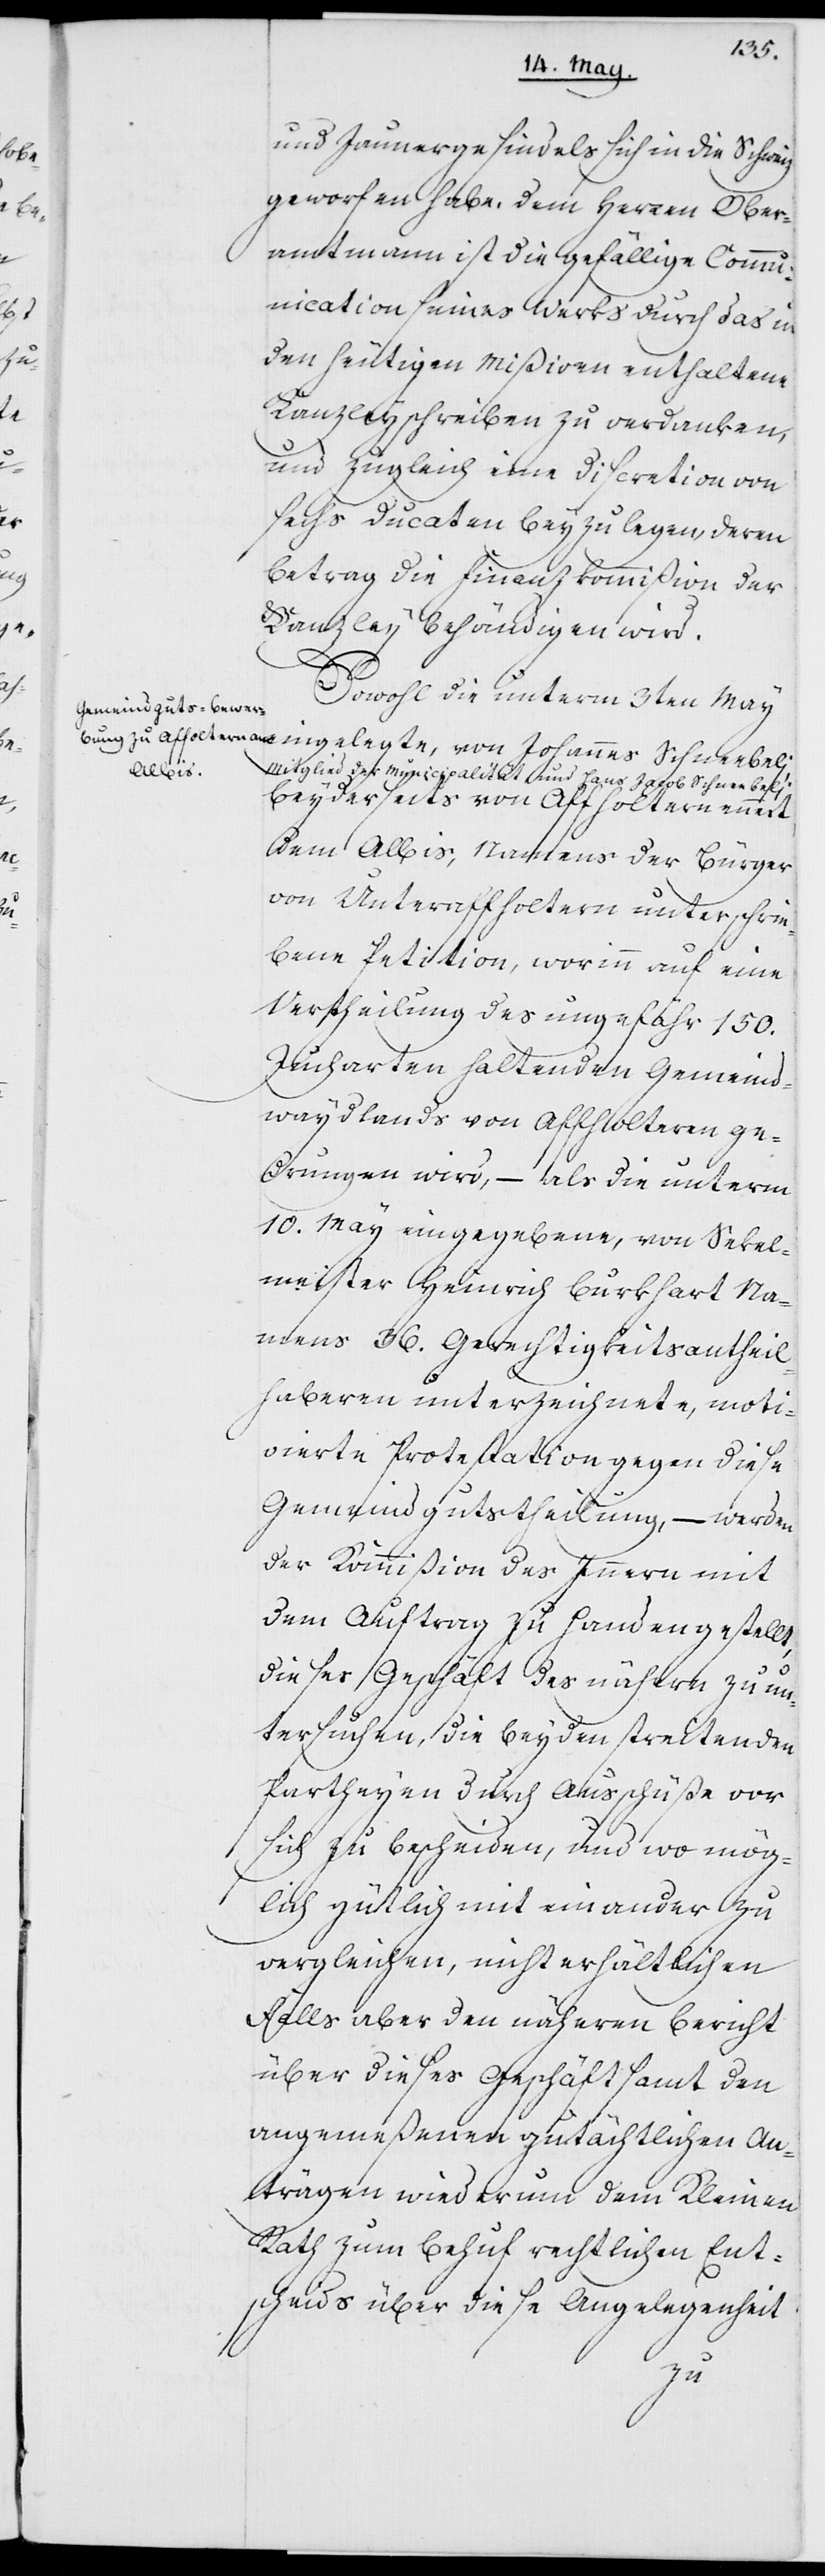
und Jaunergesindels sich in die Schweiz
geworfen habe. Dem Herren Ober¬
amtmann ist die gefällige Communi¬
cation seines Werks durch das in
den heutigen Mißiven enthaltene
Kanzleyschreiben zu verdanken,
und zugleich eine Discretion von
sechs Ducaten beyzulegen, deren
Betrag die Finanzkommißion der
Kanzley behändigen wird.
Sowohl die unterm 3ten May
eingelegte, von Johannes Schneebelj,
Mitglied der Municipalität, und Hans Jacob Schneebelj,
beyderseits von Affoltern ennert
dem Albis, Namens der Bürger
von Unteraffoltern unterschrie¬
bene Petition, worinn auf eine
Vertheilung des ungefähr 150.
Jucharten haltenden Gemeind¬
waydlands von Affolteren ge¬
drungen wird, – als die unterm
10. May eingegebene, von Sekel¬
meister Heinrich Burkhart Na¬
mens 36. Gerechtigkeitsantheil¬
haberen unterzeichnete, moti¬
vierte Protestation gegen diese
Gemeindgutstheilung, – werden
der Kommißion des Innern mit
dem Auftrag zu Handen gestellt,
dieses Geschäft des nähern zu un¬
tersuchen, die beyden streitenden
Partheyen durch Ausschüße vor
sich zu bescheiden, und wo mög¬
lich gütlich miteinander zu
vergleichen, nicht erhältlichen
Falls aber den näheren Bericht
über dieses Geschäft samt den
angemeßenen gutächtlichen An¬
trägen wiederum dem Kleinen
Rath zum Behuf rechtlichen Ent¬
scheids über diese Angelegenheit